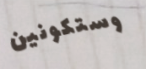
وستكونين